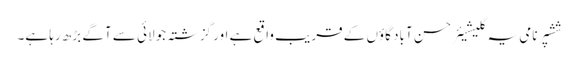
ششپر نامی یہ گلیشیئر حسن آباد گاؤں کے قریب واقع ہے اور گزشتہ جولائی سے آگے بڑھ رہا ہے۔